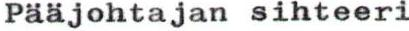
Pääjohtajan sihteeri